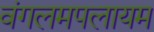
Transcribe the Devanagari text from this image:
वंगलमपलायम